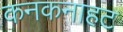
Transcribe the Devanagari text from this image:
कनकनाहट